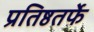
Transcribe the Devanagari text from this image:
प्रतिष्ठतर्फे